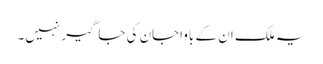
یہ ملک ان کے باواجان کی جاگیر نہیں۔